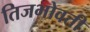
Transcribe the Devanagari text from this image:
तिजभोवती